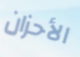
الأحزان